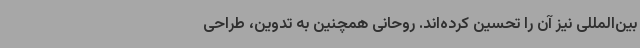
بین‌المللی نیز آن را تحسین کرده‌اند. روحانی همچنین به تدوین، طراحی